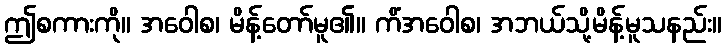
ဤစကားကို။ အဝေါစ၊ မိန့်တော်မူ၏။ ကိံအဝေါစ၊ အဘယ်သို့မိန့်မူသနည်း။